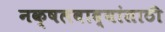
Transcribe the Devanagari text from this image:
नक्षलवाद्यांसाठी